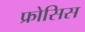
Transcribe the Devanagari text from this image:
फ्रोसिस